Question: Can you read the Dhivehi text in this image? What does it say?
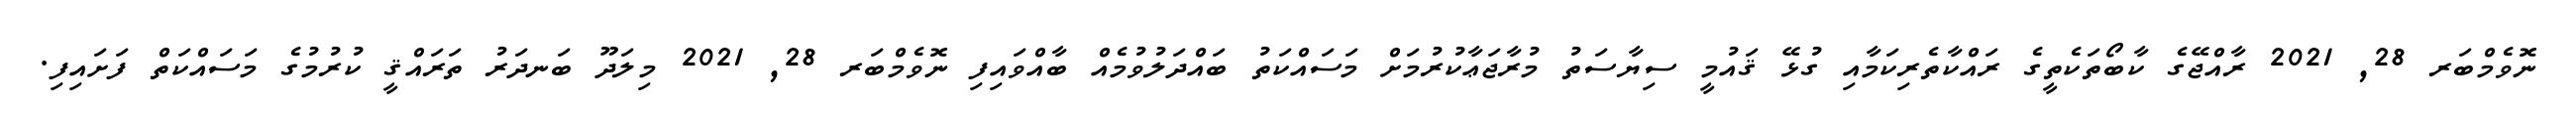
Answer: ނޮވެމްބަރ 28, 2021 ރާއްޖޭގެ ކާބޯތަކެތީގެ ރައްކާތެރިކަމާއި ގުޅޭ ޤައުމީ ސިޔާސަތު މުރާޖަޢާކުރުމަށް މަސައްކަތު ބައްދަލުވުމެއް ބާއްވައިފި ނޮވެމްބަރ 28, 2021 މިލަދޫ ބަނދަރު ތަރައްޤީ ކުރުމުގެ މަސައްކަތް ފަށައިފި.